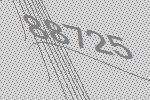
88725